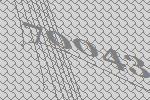
70043